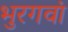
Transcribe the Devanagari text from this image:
भुरगवां